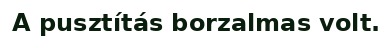
A pusztítás borzalmas volt.